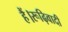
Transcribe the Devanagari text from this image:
हैं।रूढ़िवादी